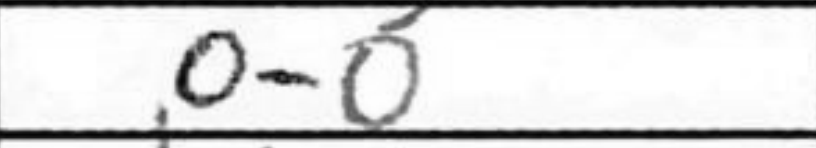
Transcription: O-O